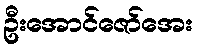
ဦးအောင်ဇော်အေး